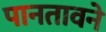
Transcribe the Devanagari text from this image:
पानतावने